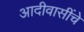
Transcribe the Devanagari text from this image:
आदीवासींचे